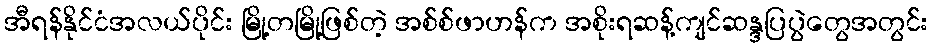
အီရန်နိုင်ငံအလယ်ပိုင်း မြို့တမြို့ဖြစ်တဲ့ အစ်စ်ဖာဟန်က အစိုးရဆန့်ကျင်ဆန္ဒပြပွဲတွေအတွင်း